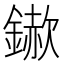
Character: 𮢵